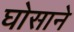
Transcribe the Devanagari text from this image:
घोसाने